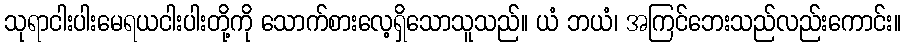
သုရာငါးပါးမေရယငါးပါးတို့ကို သောက်စားလေ့ရှိသောသူသည်။ ယံ ဘယံ၊ အကြင်ဘေးသည်လည်းကောင်း။